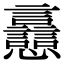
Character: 𧮗